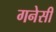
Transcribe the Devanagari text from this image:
गनेसी